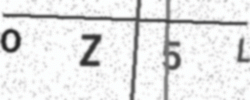
Text: OZ5L